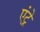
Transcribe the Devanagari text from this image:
एंट्रे